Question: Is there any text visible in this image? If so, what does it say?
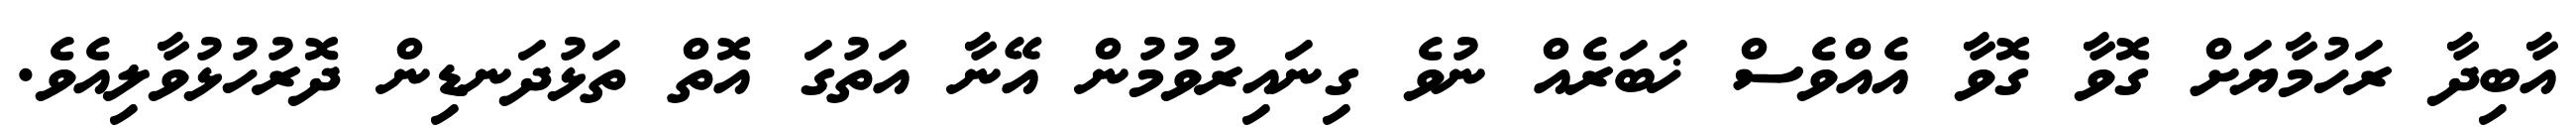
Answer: އާބިދާ ރަހުމާޔަށް ގޮވާ ގޮވާ އެއްވެސް ޚަބަރެއް ނުވެ ގިނައިރުވުމުން އޭނާ އަތުގަ އޮތް ތަޅުދަނޑިން ދޮރުހުޅުވާލިއެވެ.